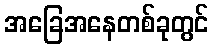
အခြေအနေတစ်ခုတွင်